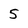
Character: 5